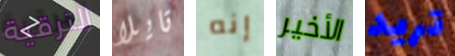
الترقية تايلا إنه الأخير تريد